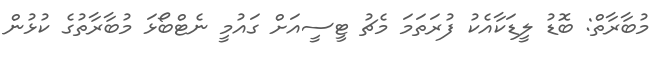
މުބާރާތް: ބޮޑު ލީޑަކާއެކު ފުރަތަމަ މެޗު ޓީސީއަށް ގައުމީ ނެޓްބޯޅަ މުބާރާތުގެ ކުޅުން